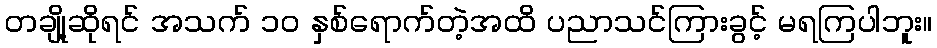
တချို့ဆိုရင် အသက် ၁၀ နှစ်ရောက်တဲ့အထိ ပညာသင်ကြားခွင့် မရကြပါဘူး။